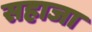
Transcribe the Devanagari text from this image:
सहाजा